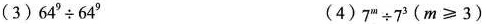
(3)$$64^{9} \div 64^{9}$$ (4)$$7^{m} \div 7^{3}(m \geqslant 3)$$